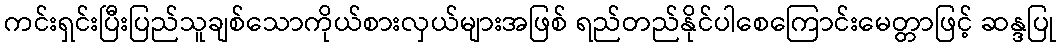
ကင်းရှင်းပြီးပြည်သူချစ်သောကိုယ်စားလှယ်များအဖြစ် ရည်တည်နိုင်ပါစေကြောင်းမေတ္တာဖြင့် ဆန္ဒပြု